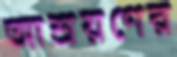
আশ্রয়ণের